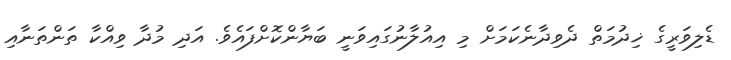
ޑެލިވަރީގެ ޚިދުމަތް ދެވިދާނެކަމަށް މި އިއުލާނުގައިވަނީ ބަޔާންކޮށްފައެވެ. އަދި މުދާ ވިއްކާ ތަންތަނާއި